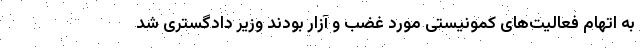
به اتهام فعالیت‌های کمونیستی مورد غضب و آزار بودند وزیر دادگستری شد